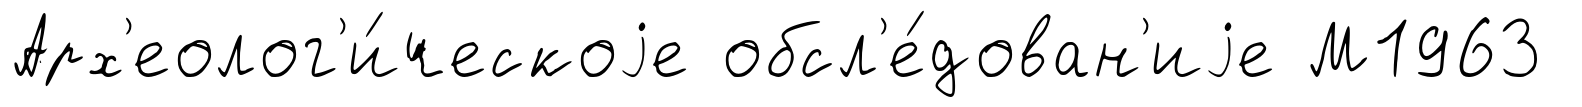
Арх'еолог'и́ческоjе обсл'е́дован'иjе М1963